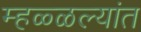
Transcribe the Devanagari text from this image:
म्हळ्ळल्यांत